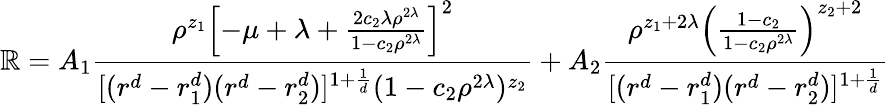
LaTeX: \mathbb{R}=A_{1}{\frac{{\rho^{z_{1}}\left[-\mu+\lambda+{\frac{{2c_{2}\lambda\rho^{2\lambda}}}{{1-c_{2}\rho^{2\lambda}}}}\right]^{2}}}{{[(r^{d}-r_{1}^{d})(r^{d}-r_{2}^{d})]^{1+{\frac{{1}}{{d}}}}(1-c_{2}\rho^{2\lambda})^{z_{2}}}}}+A_{2}{\frac{{\rho^{z_{1}+2\lambda}\left({\frac{{1-c_{2}}}{{1-c_{2}\rho^{2\lambda}}}}\right)^{z_{2}+2}}}{{[(r^{d}-r_{1}^{d})(r^{d}-r_{2}^{d})]^{1+{\frac{{1}}{{d}}}}}}}